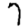
Digit: 7